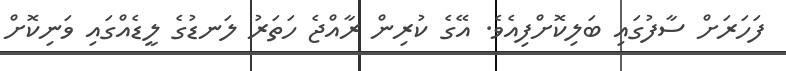
ފަހަރަށް ސާފުގައި ބަލިކޮށްފިއެވެ. އޭގެ ކުރިން ރާއްޖެ ހަތަރު ލަނޑުގެ ލީޑެއްގައި ވަނިކޮށް